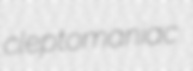
cleptomaniac